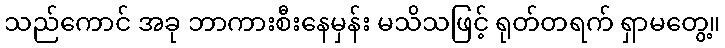
သည်ကောင် အခု ဘာကားစီးနေမှန်း မသိသဖြင့် ရုတ်တရက် ရှာမတွေ့။